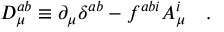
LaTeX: D _ { \mu } ^ { a b } \equiv \partial _ { \mu } \delta ^ { a b } - f ^ { a b i } A _ { \mu } ^ { i } \, \, \, \, \, \, .